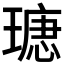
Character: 𤨫